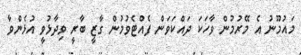
މައުމޫނު އެ މޭރުމުން ވާހަކަ ދައްކަވަން ފެއްޓެވުމުން ގާޒީ ބާރީ ވިދާޅުވީ އުޅެންވާ